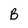
Character: B